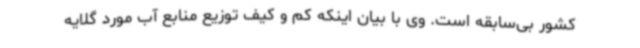
کشور بی‌سابقه است. وی با بیان اینکه کم و کیف توزیع منابع آب مورد گلایه